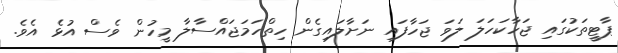
ޕާޓީތަކުގައި ޖަހާކަހަލަ ލަވަ ޖަހާފައި ނަށާލައިގެން ހިތްހަމަޖައްސާލާ މީހުން ވެސް އުޅެ އެވެ.